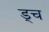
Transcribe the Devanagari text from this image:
ड्च